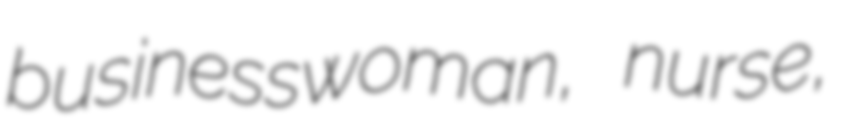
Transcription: businesswoman, nurse,